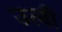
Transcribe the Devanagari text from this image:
उत्बी